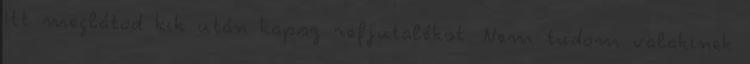
Itt meglátod kik után kapsz refjutalékot. Nem tudom valakinek